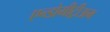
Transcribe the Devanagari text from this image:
एन्डोमीट्रीअम